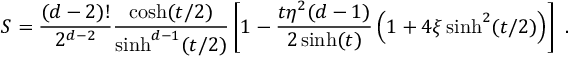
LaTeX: S = \frac { ( d - 2 ) ! } { 2 ^ { d - 2 } } \frac { \cosh ( t / 2 ) } { \sinh ^ { d - 1 } ( t / 2 ) } \left[ 1 - \frac { t \eta ^ { 2 } ( d - 1 ) } { 2 \sinh ( t ) } \left( 1 + 4 \xi \sinh ^ { 2 } ( t / 2 ) \right) \right] \ .